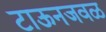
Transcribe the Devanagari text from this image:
टाऊनजवळ